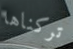
تركناها